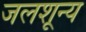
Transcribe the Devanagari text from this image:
जलशून्य